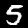
Digit: 5